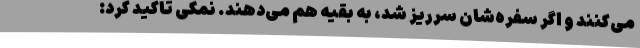
می‌کنند و اگر سفره‌شان سرریز شد، به بقیه هم می‌دهند. نمکی تاکید کرد: